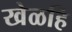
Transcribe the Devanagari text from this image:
खेळहि